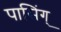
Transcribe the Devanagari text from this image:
पासिंग्